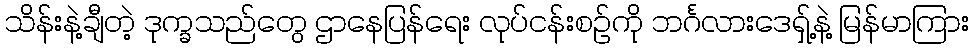
သိန်းနဲ့ချီတဲ့ ဒုက္ခသည်တွေ ဌာနေပြန်ရေး လုပ်ငန်းစဉ်ကို ဘင်္ဂလားဒေရှ့်နဲ့ မြန်မာကြား